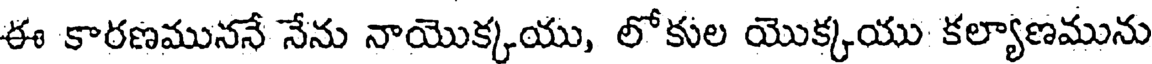
ఈ కారణముననే నేను నాయొక్కయు, లోకుల యొక్కయు కల్యాణమును